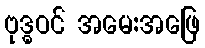
ဗုဒ္ဓဝင် အမေ:အဖြေ